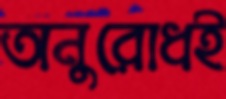
অনুরোধই